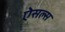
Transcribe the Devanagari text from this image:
ऐसल्स